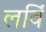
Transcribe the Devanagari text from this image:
लविं